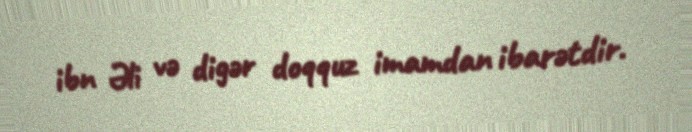
ibn Əli vә digәr doqquz imamdan ibarәtdir.